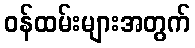
ဝန်ထမ်းများအတွက်